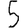
Digit: 5